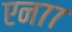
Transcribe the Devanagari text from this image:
एन७७